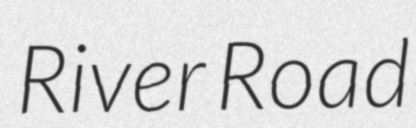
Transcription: River Road